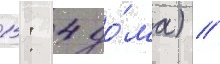
1: 4 до́ма) /